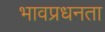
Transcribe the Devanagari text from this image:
भावप्रधनता